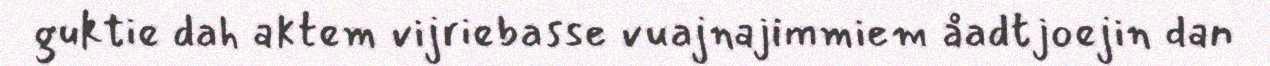
guktie dah aktem vijriebasse vuajnajimmiem åadtjoejin dan